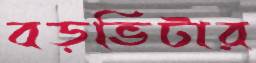
বড়ভিটার